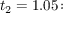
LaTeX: t _ { 2 } = 1 . 0 5 \colon